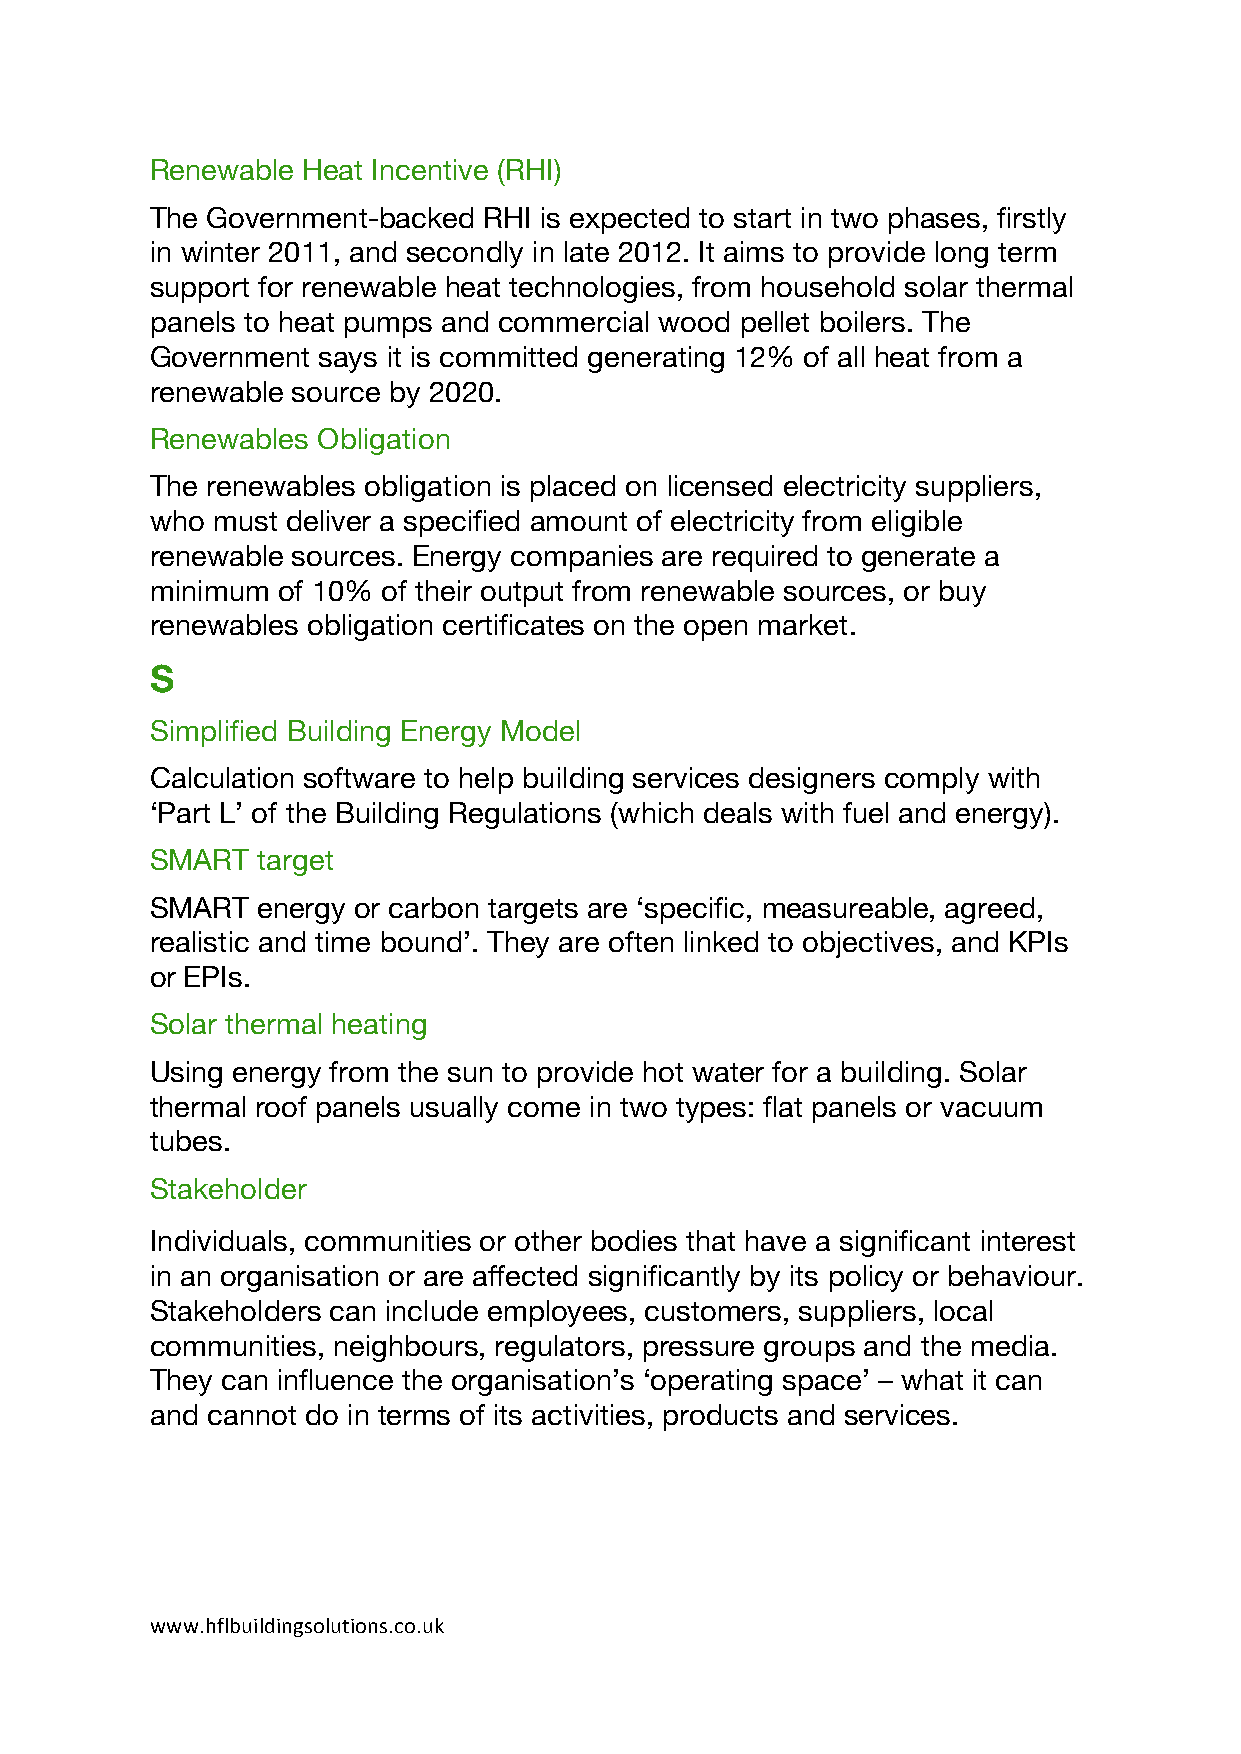
Renewable Heat Incentive (RHI)
 The Government-backed RHI is expected to start in two phases, firstly
 in winter 2011, and secondly in late 2012. It aims to provide long term
 support for renewable heat technologies, from household solar thermal
 panels to heat pumps and commercial wood pellet boilers. The
 Government says it is committed generating 12% of all heat from a
 renewable source by 2020.
 Renewables Obligation
 The renewables obligation is placed on licensed electricity suppliers,
 who must deliver a specified amount of electricity from eligible
 renewable sources. Energy companies are required to generate a
 minimum of 10% of their output from renewable sources, or buy
 renewables obligation certificates on the open market.
 S
 Simplified Building Energy Model
 Calculation software to help building services designers comply with
 ‘Part L’ of the Building Regulations (which deals with fuel and energy).
 SMART  target
 SMART  energy or carbon targets are ‘specific, measureable, agreed,
 realistic and time bound’. They are often linked to objectives, and KPIs
 or EPIs.
 Solar thermal heating
 Using energy from the sun to provide hot water for a building. Solar
 thermal roof panels usually come in two types: flat panels or vacuum
 tubes.
 Stakeholder
 Individuals, communities or other bodies that have a significant interest
 in an organisation or are affected significantly by its policy or behaviour.
 Stakeholders can include employees, customers, suppliers, local
 communities, neighbours, regulators, pressure groups and the media.
 They can influence the organisation’s ‘operating space’ – what it can
 and cannot do in terms of its activities, products and services.
 www.hflbuildingsolutions.co.uk